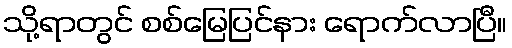
သို့ရာတွင် စစ်မြေပြင်နား ရောက်လာပြီ။